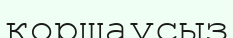
қоршаусыз